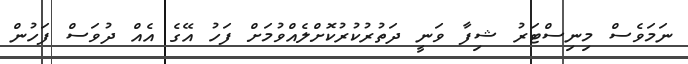
ނަމަވެސް މިނިސްޓަރު ޝިފާ ވަނީ ދަތުރުކުރުކޮށްލެއްވުމަށް ފަހު އޭގެ އެއް ދުވަސް ފަހުން